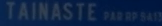
TAINASTE